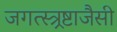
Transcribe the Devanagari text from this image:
जगत्स्त्र्रष्टाजैसी